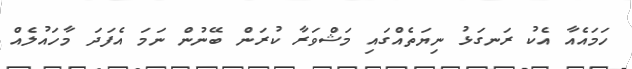
ހަމައެއާ އެކު ރަނގަޅު ނިޔަތެއްގައި މަޝްވަރާ ކުރަން ބޭނުން ނަމަ އެފަދަ މާހައުލެެއް